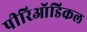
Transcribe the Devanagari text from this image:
पीरिऑडिकल